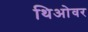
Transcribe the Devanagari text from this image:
थिओवर